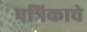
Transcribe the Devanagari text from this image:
पत्रिकाचे